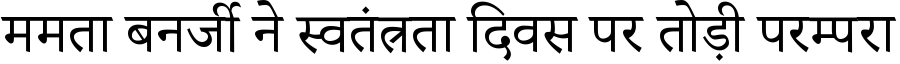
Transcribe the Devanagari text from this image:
ममता बनर्जी ने स्वतंत्रता दिवस पर तोड़ी परम्परा